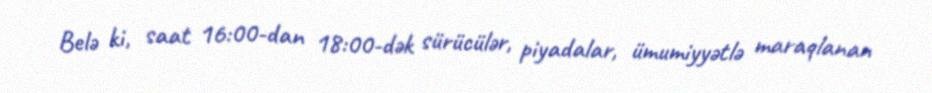
Belə ki, saat 16:00-dan 18:00-dək sürücülər, piyadalar, ümumiyyətlə maraqlanan